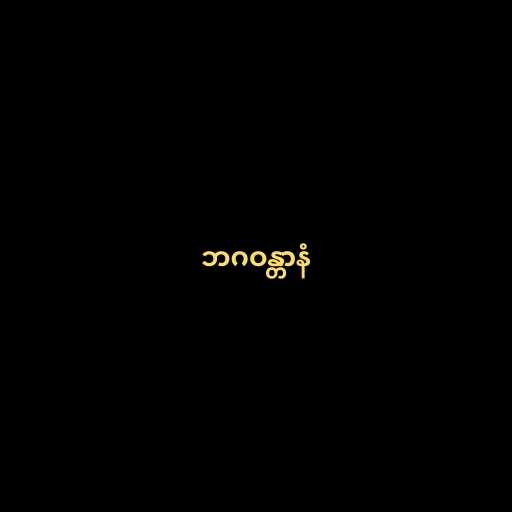
ဘဂဝန္တာနံ